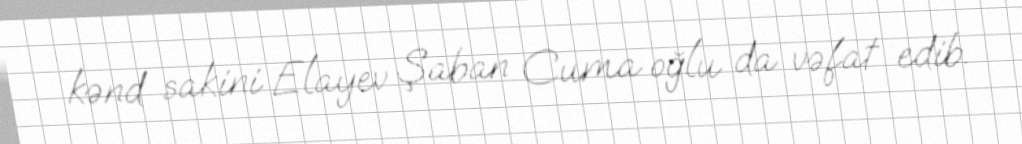
kənd sakini Elayev Şaban Cuma oğlu da vəfat edib.